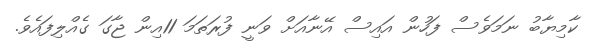
ކާމިޔާބު ނަމަވެސް ފަހުން އައިސް އޭނާއަށް ވަނީ ފުރަތަމަ 11އިން ޖާގަ ގެއްލިފައެވެ.